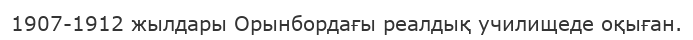
1907-1912 жылдары Орынбордағы реалдық училищеде оқыған.